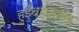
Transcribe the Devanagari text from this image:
हुईंबहरहाल